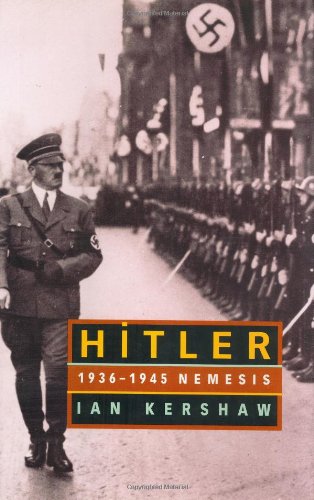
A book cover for Hitler: 1936-1945 Nemesis; Ian Kershaw; Biographies & Memoirs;